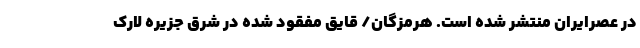
در عصرایران منتشر شده است. هرمزگان/ قایق مفقود شده در شرق جزیره لارک